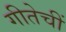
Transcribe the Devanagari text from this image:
गीतेचीं